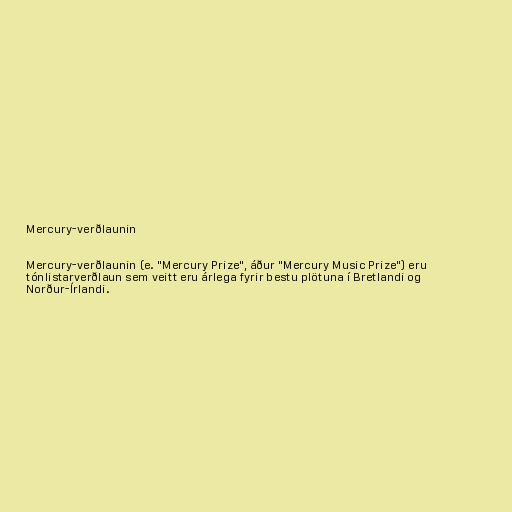
Mercury-verðlaunin

Mercury-verðlaunin (e. "Mercury Prize", áður "Mercury Music Prize") eru
tónlistarverðlaun sem veitt eru árlega fyrir bestu plötuna í Bretlandi og
Norður-Írlandi.